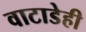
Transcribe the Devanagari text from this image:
वाटाडेही